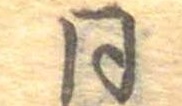
同